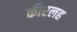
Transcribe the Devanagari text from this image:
कीरलह